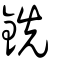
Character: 銑